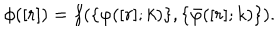
LaTeX: \phi ( [ r ] ) = f ( \{ \varphi ( [ r ] ; k ) \} , \{ \bar { \varphi } ( [ r ] ; k ) \} ) .